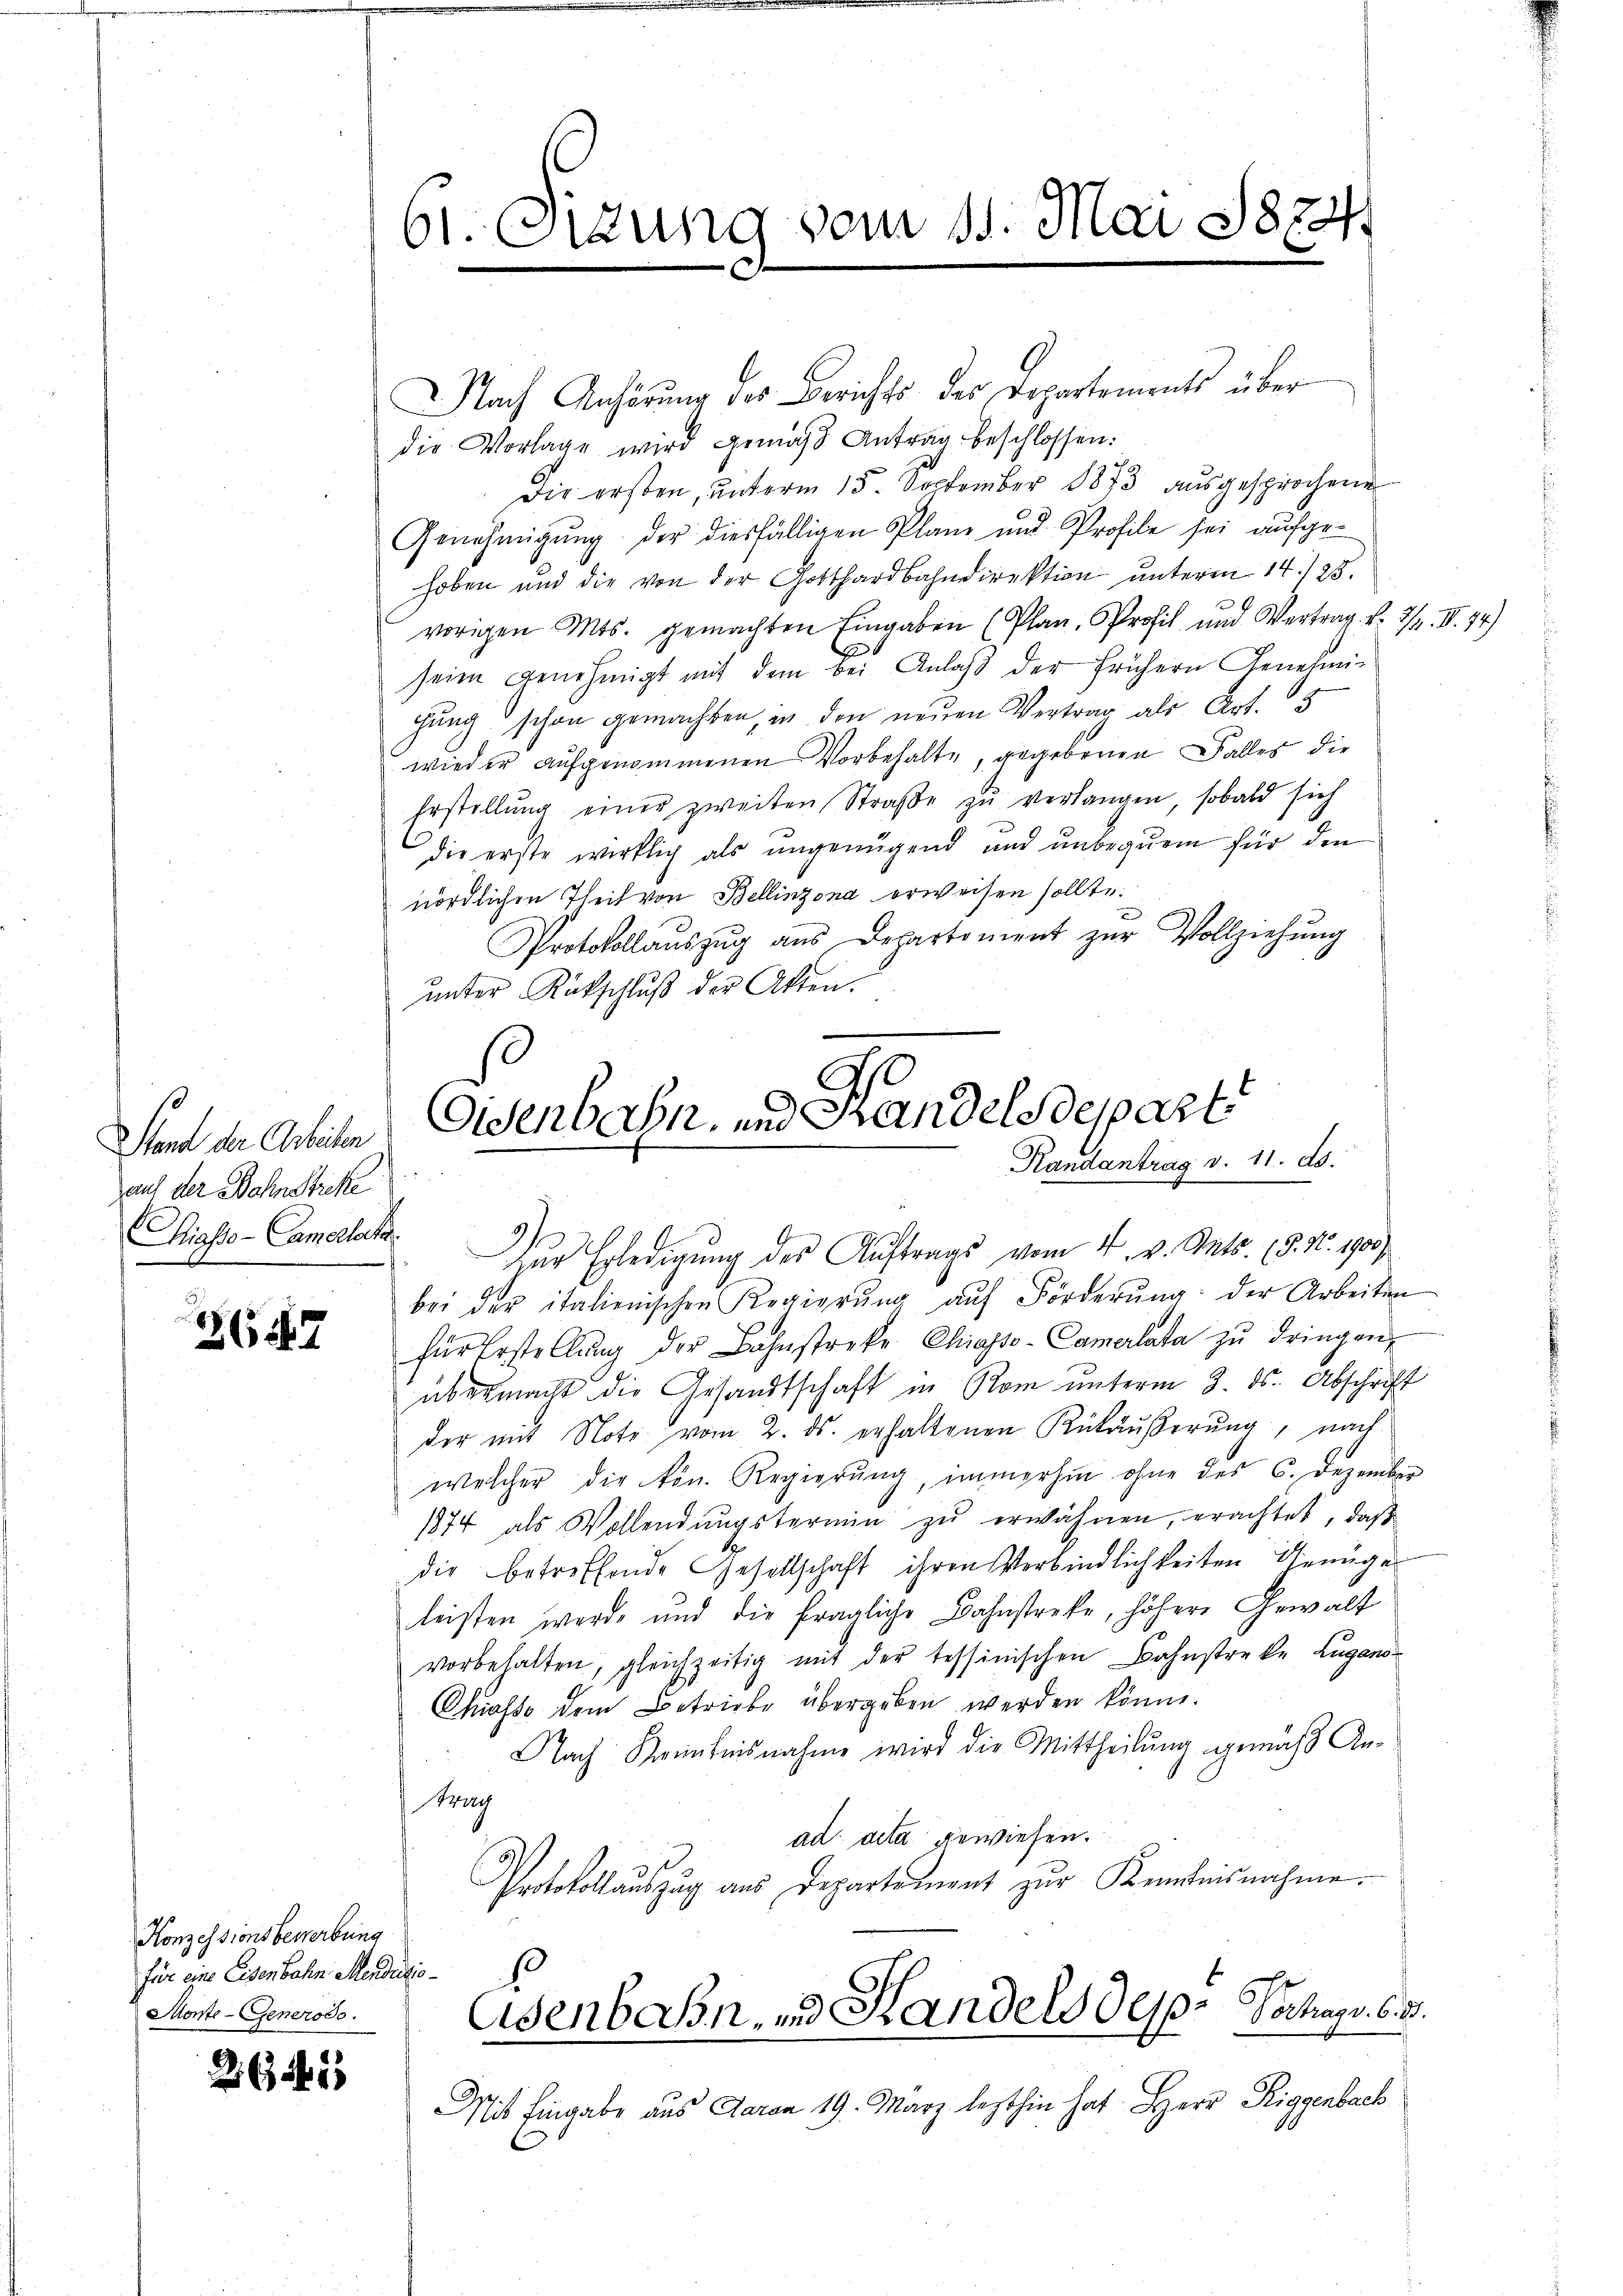
Stand der Arbeiten
auf der Wohnstreke
Piasso-Camerletz

3647

Konzessionsbewerbung
für eine Eisenbahn Medizio¬
Monte- Generodo.

261

61. Sizung vom 11. Mai 1872

Nach Anhörung des Berichts des Departements über
die Vorlage wird gemäss Antrag beschlossen:
Die ersten, unterm 15. September 1873 ausgesprochene
Genehmigung der diesfälligen Plane und Profile sei aufgehoben und die von der Gotthardbahndirektion unteren 14./25.
vorigen Mts. gemachten Eingaben (Plan. Profil und Vertrag. v. 24. II. 74)
A
seien genehmigt mit dem bei Anlaβ der frühern Genehmigung schon gemachten, in den neuen Vertrag als Art. 5
wieder aufgenommenen Vorbehalte, gegebenen Falles die
Erstellŭng einer zweiten Straβe zŭ verlangen, sobald sich
die erste wirklich als ungenügend und unbequem für den
nördlichen Theil von Bellinzona erweisen sollte.
Protokollauszug aus Departement zur Vollziehung
unter Rückschluß der Akten.

Eisenbahn und Handelsdepart
Randantrag v. 11. ds.
Zur Erledigung des Auftrags vom 4. v. Mts. (5. No. 190)

bei der italienischen Regierŭng aŭf Förderŭng der Arbeiten
für Erstellŭng der Bahnstreke Chiasso-Camerlata zŭ dringen,
übermacht die Gesandtschaft in Rom unterm 3. ds. Abschrift
der mit Note vom 2. ds. erhaltenen Rükäußerung, nach
welcher die kön. Regierŭng, immerhin ohne des C. Dezember
1874 als Wollendŭngstermin zŭ erwähnen, erachtet, daß
die betreffende Gesellschaft ihren Verbindlichkeiten Genüge
leisten werde und die fragliche Bahnstreke, höhere Gewalt
vorbehalten, gleichzeitig mit der tessinischen Bahnstreke Lugano¬
Chiasso dem Betriebe übergeben werden könne.
Nach Kenntnisnahme wird die Mittheilung gemäß Antrag
ad acta gewiesen.
Protokollauszug aus Departement zur Kenntnisnahme.
Eisenbahn, und Handels des Hochass. 613.
Mit Eingabe aus Daran 19. März lezthin hat Herr Riggenbach